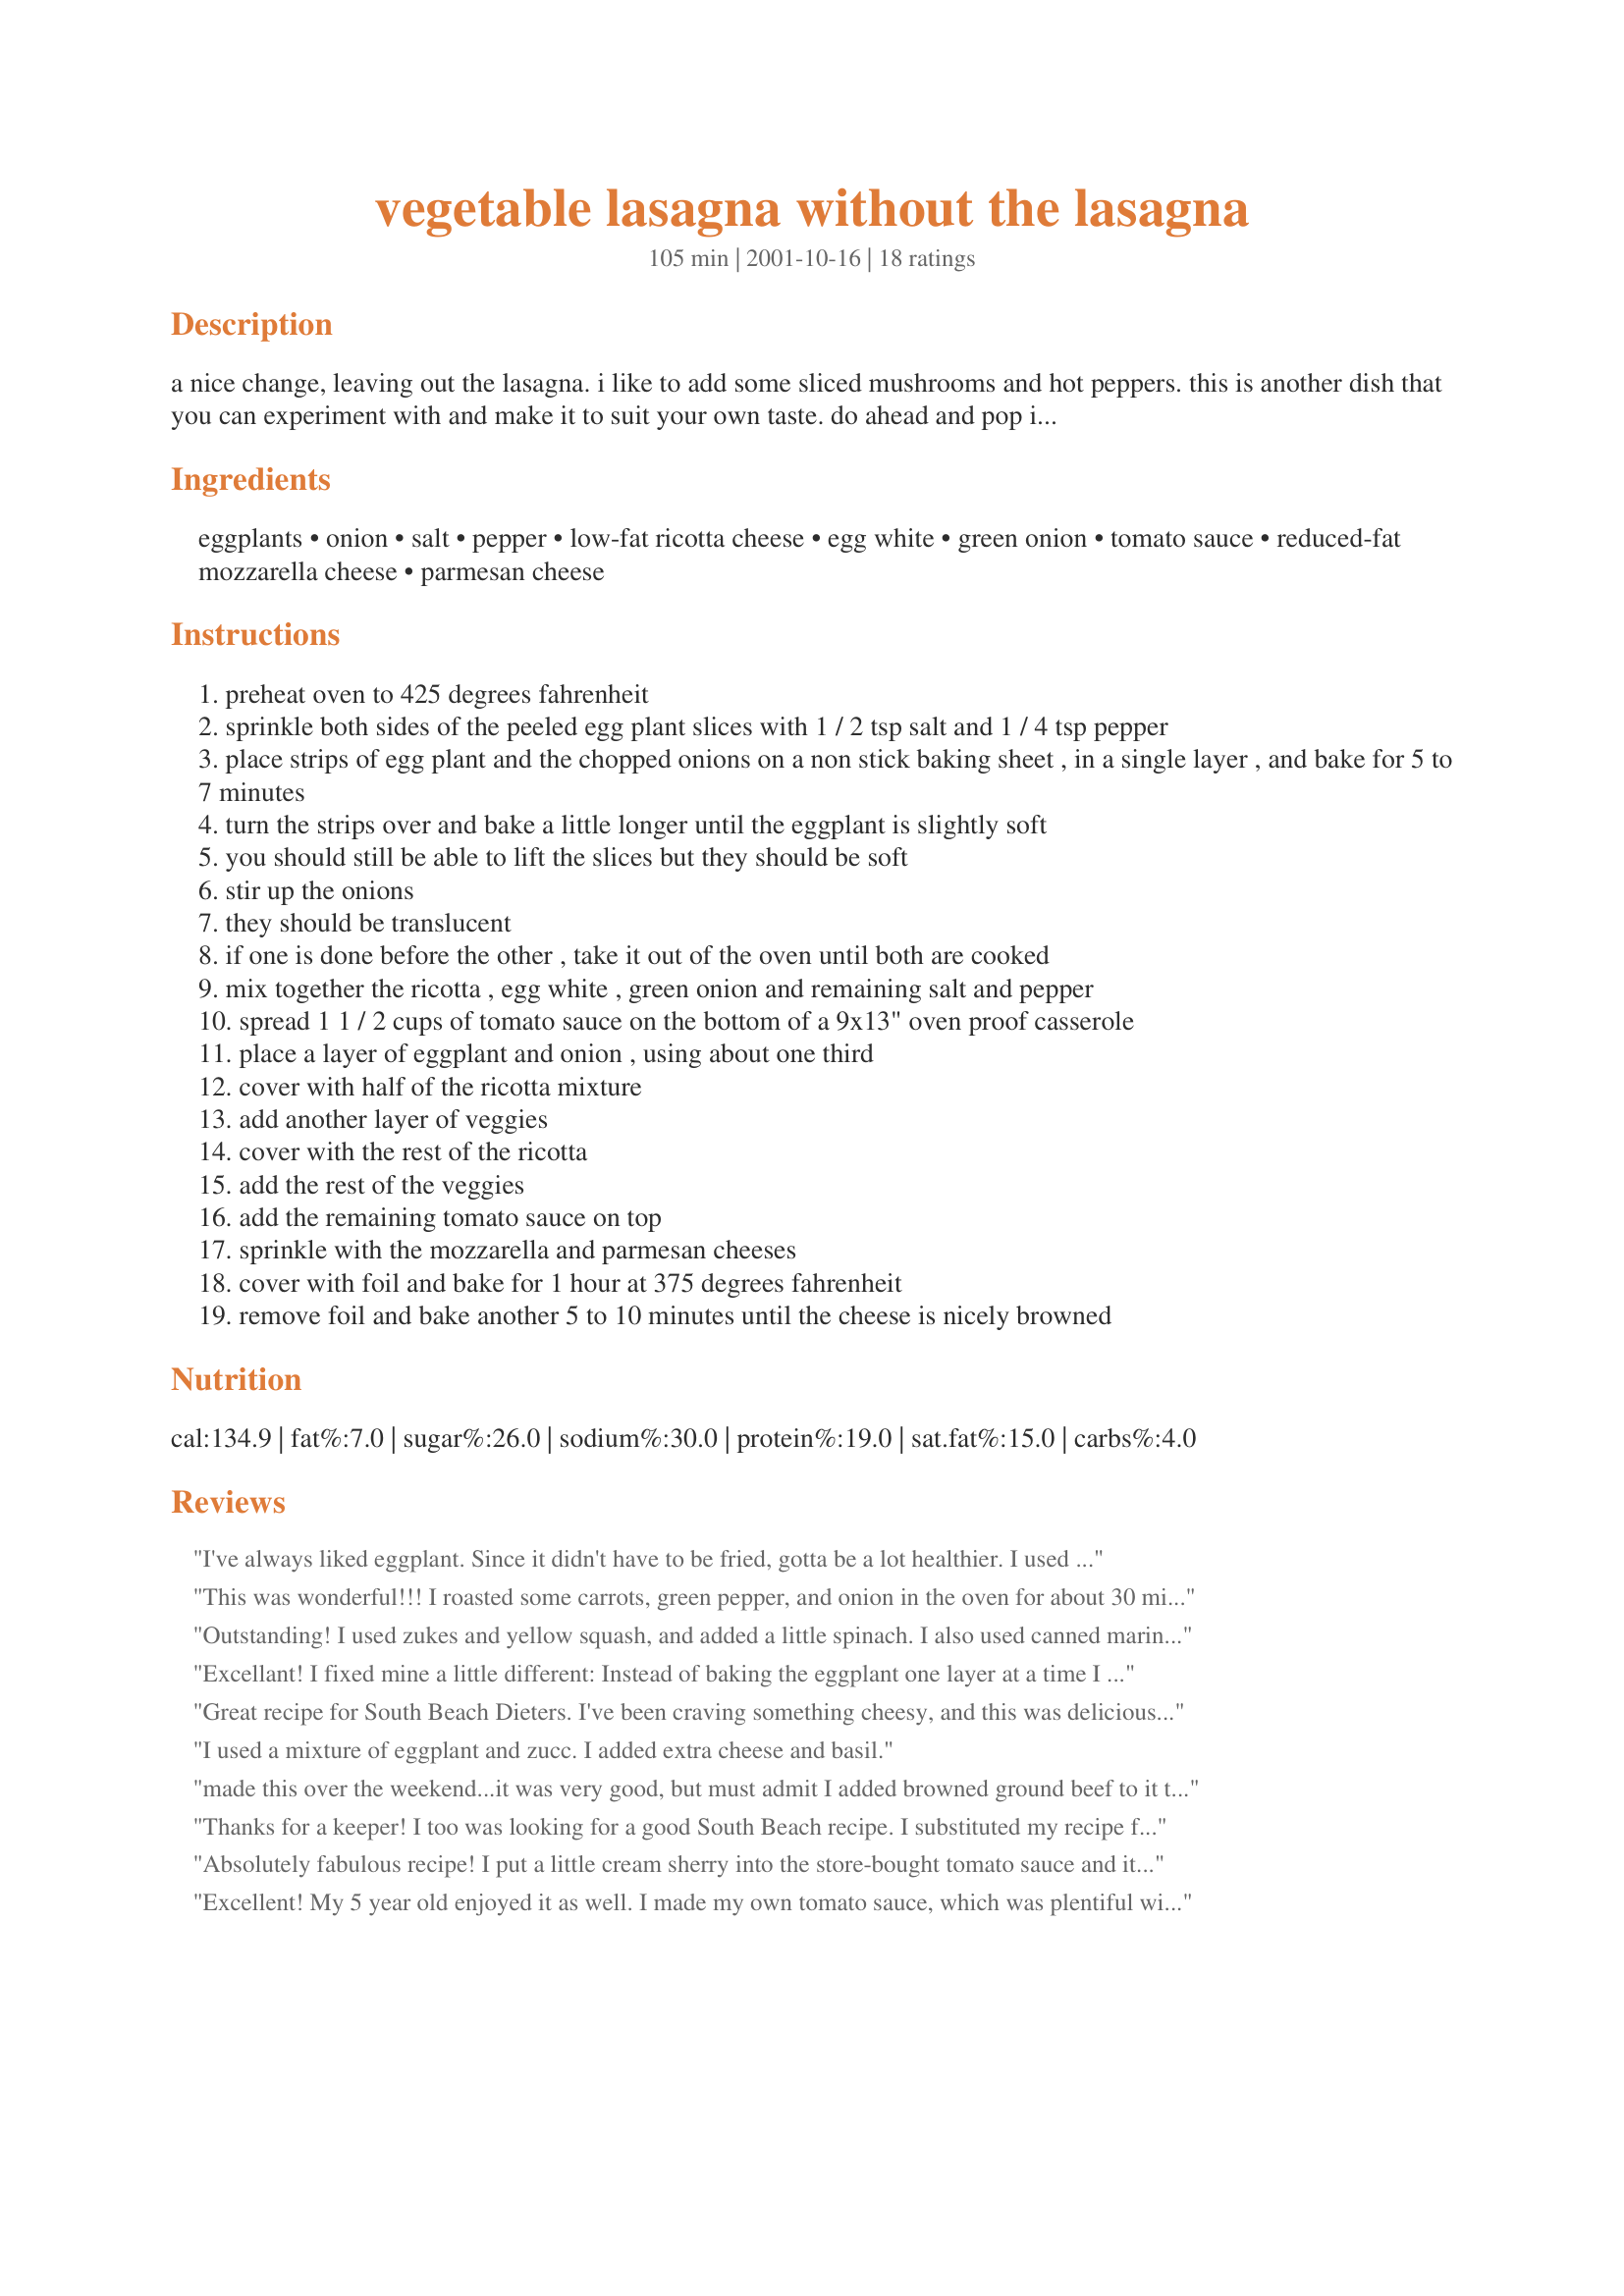
vegetable lasagna without the lasagna
Preparation time: 105 minutes

a nice change, leaving out the lasagna. i like to add some sliced mushrooms and hot peppers. this is another dish that you can experiment with and make it to suit your own taste. do ahead and pop it in the oven 1 hour or so before serving. with eggplants i find it depends on the age and size whether you peel it or not. i recommend that you peel them. i also substitute unpeeled zucchini for the eggplant.

Ingredients:
eggplants, onion, salt, pepper, low-fat ricotta cheese, egg white, green onion, tomato sauce, reduced-fat mozzarella cheese, parmesan cheese

Steps:
preheat oven to 425 degrees fahrenheit
sprinkle both sides of the peeled egg plant slices with 1 / 2 tsp salt and 1 / 4 tsp pepper
place strips of egg plant and the chopped onions on a non stick baking sheet , in a single layer , and bake for 5 to 7 minutes
turn the strips over and bake a little longer until the eggplant is slightly soft
you should still be able to lift the slices but they should be soft
stir up the onions
they should be translucent
if one is done before the other , take it out of the oven until both are cooked
mix together the ricotta , egg white , green onion and remaining salt and pepper
spread 1 1 / 2 cups of tomato sauce on the bottom of a 9x13" oven proof casserole
place a layer of eggplant and onion , using about one third
cover with half of the ricotta mixture
add another layer of veggies
cover with the rest of the ricotta
add the rest of the veggies
add the remaining tomato sauce on top
sprinkle with the mozzarella and parmesan cheeses
cover with foil and bake for 1 hour at 375 degrees fahrenheit
remove foil and bake another 5 to 10 minutes until the cheese is nicely browned

Reviews:
I've always liked eggplant. Since it didn't have to be fried, gotta be a lot healthier. I used everything no fat and low fat like Eric. Eggplant is NOT the most popular vegetable in the market, but you really can't tell what it is doctored up like lasagna. I messed up though and didn't cover it with foil. By the time I realized that, the cheese had become rather rubbery. I just pulled off that layer, added more of the cheeses and finished uncovered for 10 minutes, came out perfect! Thanks Bergy for another great one.
This was wonderful!!! I roasted some carrots, green pepper, and onion in the oven for about 30 min and added that to the layers. I also added some frozen chopped spinach, thawed and squeezed the liquid out and added that to the ricotta. I served it with a mixed greens salad with avacado and a homemade asian sesame dressing. My husband loved it and he is an avid meat eater!! Thanks so much!! I will definitely make this again!
Outstanding! I used zukes and yellow squash, and added a little spinach. I also used canned marinara instead of tomato sauce.
Excellant! I fixed mine a little different:
Instead of baking the eggplant one layer at a time I put all of them on the cookie sheet and covered it with foil and baked them for 28 m. at the recommended temp. Then I took all the vegetable and steamed them each in a skillet. Instead of 1 egg white I used two. My additional vegetables were cauliflower, carrots, and green and yellow squashes. I also used grated parmesan cheese from a container with Hunts traditional tomato sauce (2 Cans). I added no salt.
Great recipe for South Beach Dieters. I've been craving something cheesy, and this was delicious! I bought some beautiful eggplant at a farmstand, and remembered I had your recipe in my cookbook. I sliced the eggplant into thin rounds, and I used lowfat ricotta and eggbeaters rather than egg white. I mixed the parmesan in with the ricotta. I used 1Steve's "Big Batch Spaghetti Sauce #37563, which I was canning at the time. I'll make this again even if I'm NOT dieting! Great dish, Bergy.
I used a mixture of eggplant and zucc.
I added extra cheese and basil.
made this over the weekend...it was very good, but must admit I added browned ground beef to it to make it more man friendly. Had alot of eggplant to use up......everyone enjoyed it...will make again
Thanks for a keeper! I too was looking for a good South Beach recipe. I substituted my recipe for meat sauce (ground beef or turkey), with wine, red pepper, and lots of garlic! The eggplant added the needed texture and substance, and was simply delicious!
Absolutely fabulous recipe! I put a little cream sherry into the store-bought tomato sauce and it really added some nice richeness.
Excellent! My 5 year old enjoyed it as well. I made my own tomato sauce, which was plentiful with onions so I used no more for the recipe, and froze it for the week. Instead of sugar, I used honey to sweeten the sauce a little. I peeled the eggplant with a potato peeler and sliced it as directed. My son saw me with the eggplant and gave a sour plant. I told him it would be good, it is just an overgrown apple that you have to cook. :) It worked and he ended up eating it and liking it. I sprinkled with sea salt and pepper and baked the eggplant all at one time for 28 minutes as done by Chef Mokhal below. I steamed my vegetables (cauliflower, yellow squash, carrots, and broccoli). Since I salted my own tomato sauce and sprinkled salt on the eggplant, I used no additional salt for the recipe (not even on the vegetables when I steamed them). If you are a salt lover you can add additional salt to your own taste, but I am watching my salt intake. I used low-fat, part skim cheeses and kroger brand grated parmesan. I was intimidated at first to eat the eggplant but I really did enjoy it and so did my son so that's all I need! I will more than likely add some spinach, green and red peppers, and some zuccini next time. :) The veggies were great in it!
I was looking for a veggie lasagna recipe that would be compatable with the South Beach Diet. This fits the bill. I could not find any tomato sauce that did not have sugar in it so I made my usual sauce with canned tomatoes, mushrooms, garlic, onion, oregano and basil. I ended up using about 3 or 4 cups for the whole pan as I wanted it plenty moist for leftovers. My next concern was the eggplant. The recipe did not say if it should be peeled or not, I will peel it next time as the peeling kind of was a bother in the final dish. Maybe I should have used younger eggplants, I don't know. This is a fantastic dish.
A very good, quick prep, healthy, mix and match way to go. I have to watch fat, cholesterol and sodium. I used fat free ricotta and low fat other cheeses, off brand spaghetti sauce fat free 320mg sodium per serving and even cut the recipie in half, also used no additional salt. My teenage daughter said it was cool! I didn't tell her about the Egg plant though. (I would recommend the same). It was GREAT! Thank You.
This made a very nice dinner. I halved the recipe and I didn't have ricotta cheese, so I subbed cottage cheese. I also used spaghetti sauce instead of tomato sauce. Thanks Bergy!
I loved this. I used one big eggplant peeled, two smallish zucchini and about 7 oz. sliced mushrooms. Smelled great while it was cooking. Thanks Bergy!
Oh what a great way to eat lasagna and not feel guilty!
I used my own spaghetti sauce and sprinkled onion powder in the ricotta mix as I didn't have green onions.
We really enjoyed this casserole and will have it often. Thanks, Carole in Orlando
This had a very good flavor, and smelled delicious while it was baking. I added mushrooms and green peppers sautéed in Pam to the sauce, which I thought went quite well with it. However, I was a little disappointed because some of the eggplant was tough, even though it was peeled. I did use plenty of sauce and baked it the full time. I will try baking the eggplant a little longer if I make this again. Overall, very tasty, and certainly great for the waistline! (I figure only about 1600 calories for the whole pan using low fat cheeses.)
So DH and I are on a diet which doesn't allow us carbs or anything that isn't low fat. Plus, for the next two weeks we can't have any meat. This doesn't leave us too many options. Hence, this recipe! I made it as written but added some diced mushrooms and some jalapeno hot sauce to the tomato sauce. Very flavorful and the eggplant looked uncannily like noodles. I am not sure that they tasted like noodles, but they sure didn't taste like eggplant. I think next time I might cook the eggplant for about 5 minutes longer to make sure that all of it is softened up. Thanks for an unusual and tasty entree.
A great substitute for the low carb dieter who is craving pasta. I used Hunt's No Added Sugar Italian Baking Sauce which has only 6 gms carbs and 3 gms sugar per serving. I believe I didn't buy big enough eggplant because the sauce and ricotta seemed to take over the dish. Next time I will add more eggplant and cut it thicker while still keeping the sauce and cheese measurements the same. Thanks Bergy!
